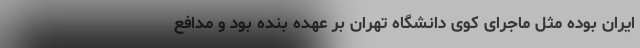
ایران بوده مثل ماجرای کوی دانشگاه تهران بر عهده بنده بود و مدافع